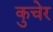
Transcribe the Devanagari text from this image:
कुचेर